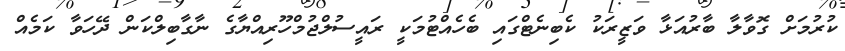
ކުރުމަށް ގޮވާލާ ބާރުއަޅާ ވަޒީރަކު ކެބިނެޓްގައި ބެހެއްޓުމަކީ ރައީސުލްޖުމްހޫރިއްޔާގެ ނާގާބިލްކަން ދޭހަވާ ކަމެއް